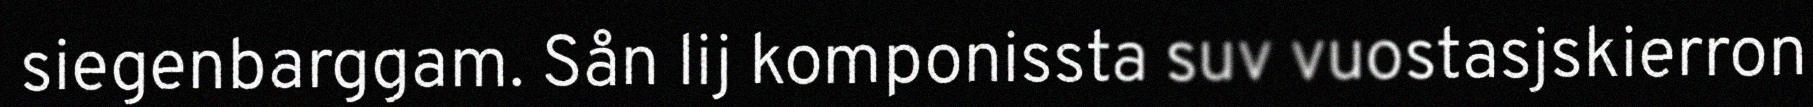
siegenbarggam. Sån lij komponissta suv vuostasjskierron